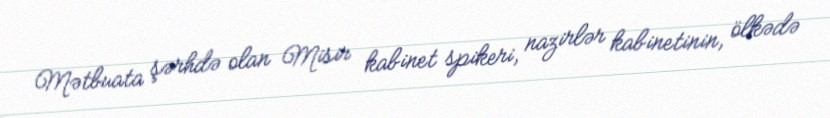
Mətbuata şərhdə olan Misir kabinet spikeri, nazirlər kabinetinin, ölkədə